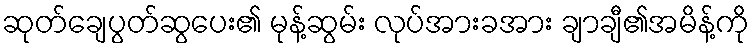
ဆုတ်ချေပွတ်ဆွပေး၏ မုန့်ဆွမ်း လုပ်အားခအား ချာချီ၏အမိန့်ကို